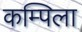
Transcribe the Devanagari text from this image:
कम्पिला